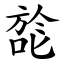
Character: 旕